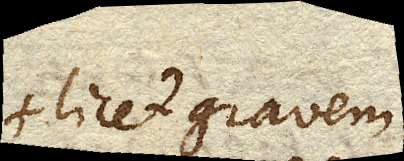
licet gravem